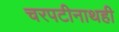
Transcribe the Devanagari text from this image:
चरपटीनाथही